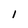
Character: 1